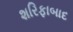
શરિફાબાદ